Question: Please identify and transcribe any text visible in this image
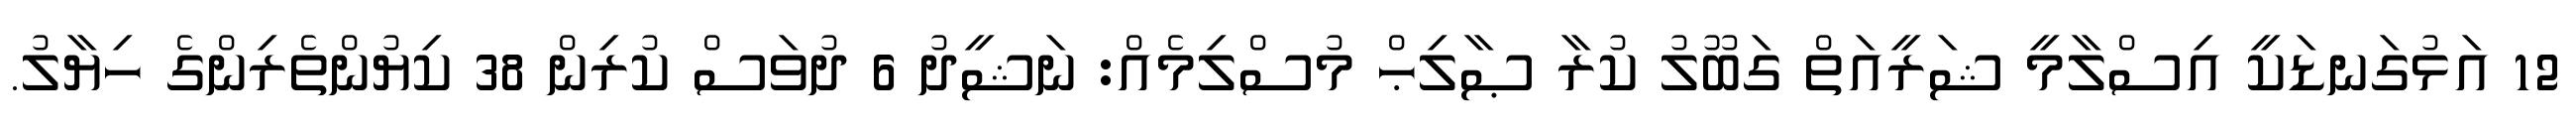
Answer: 12 އަޅުގަނޑަކީ އިސްލާމީ ޝަރީއަތް ގަބޫލު ކުރާ ޞާލިޙް މުސްލިމެއް: ނަޝީދު 6 ދުވަސް ކުރިން 38 ކިޔުންތެރިންގެ ހިޔާލު.